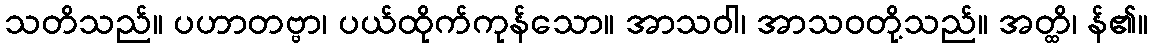
သတိသည်။ ပဟာတဗ္ဗာ၊ ပယ်ထိုက်ကုန်သော။ အာသဝါ၊ အာသဝတို့သည်။ အတ္ထိ၊ န်၏။